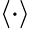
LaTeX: \left\langle\cdot\right\rangle